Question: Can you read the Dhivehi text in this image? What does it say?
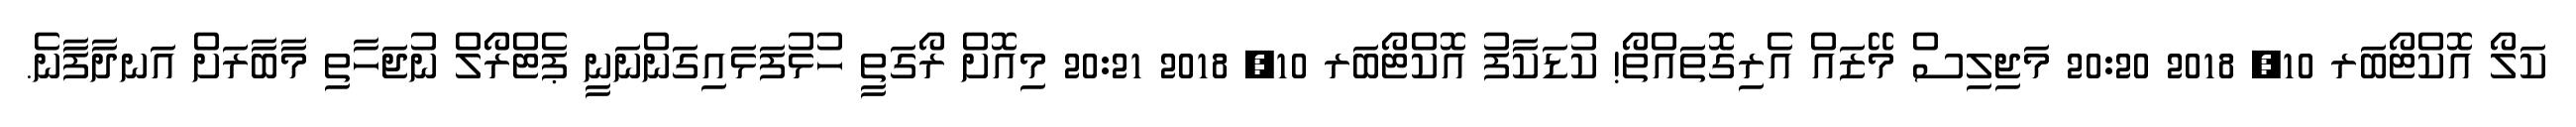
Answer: ކަލޯ އޮކްޓޯބަރ 10, 2018 20:20 މަޖިލިސް މޭޒައް އެރިގޮތައްތޯ! ކުޑަކާފު އޮކްޓޯބަރ 10, 2018 20:21 މިއޮށް ރޯގަތީ ހުޅުފަޅައިގަންނަނީ ޕެޓްރޯލް ނުޖަހާތި މާބާރަށް އަނދާފާނެ.